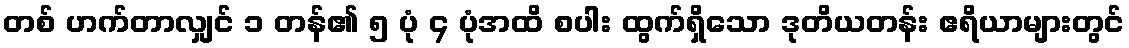
တစ် ဟက်တာလျှင် ၁ တန်၏ ၅ ပုံ ၄ ပုံအထိ စပါး ထွက်ရှိသော ဒုတိယတန်း ဧရိယာများတွင်